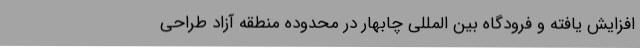
افزایش یافته و فرودگاه بین المللی چابهار در محدوده منطقه آزاد طراحی